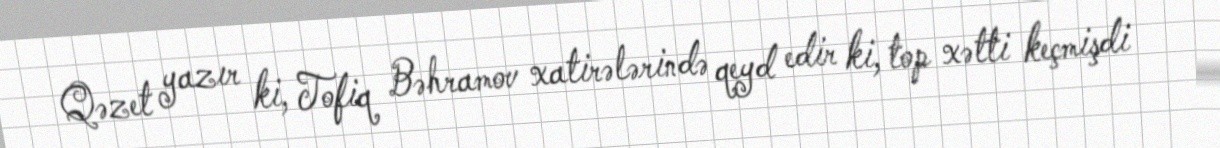
Qəzet yazır ki, Tofiq Bəhramov xatirələrində qeyd edir ki, top xətti keçmişdi